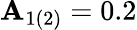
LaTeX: \mathbf{A}_{1(2)}=0.2